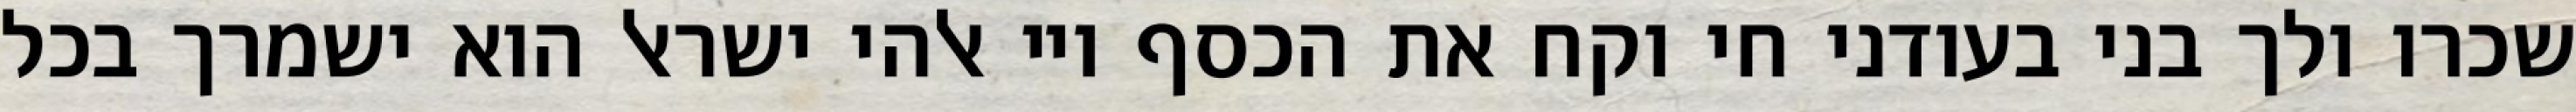
שכרו ולך בני בעודני חי וקח את הכסף ויי אלהי ישראל הוא ישמרך בכל